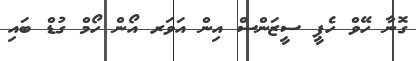
ގޮނާ ހޭވް ހެޕީ ސީޒަންސް އިން އަވަރ އޯން ހޯމް ގުޑް ބައި